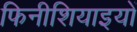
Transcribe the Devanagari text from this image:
फिनीशियाइयों